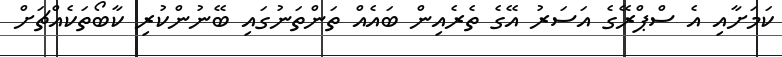
ކަމަށާއި އެ ސްޕްރޭގެ އަސަރު އޭގެ ތެރެއިން ބައެއް ތަންތަނުގައި ބޭނުންކުރި ކާބޯތަކެއްޗަށް